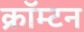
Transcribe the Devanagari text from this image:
क्रॉम्टन